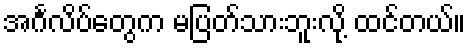
အင်္ဂလိပ်တွေက မပြတ်သားဘူးလို့ ထင်တယ်။